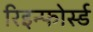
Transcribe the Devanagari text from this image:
रिइन्फोर्स्ड